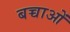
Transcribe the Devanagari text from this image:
बच्चाओं